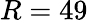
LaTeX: R=49